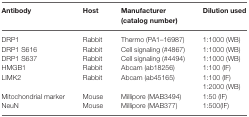
| Antibody | Host | Manufacturer (catalog number) | Dilution used |
 | --- | --- | --- | --- |
 | DRP1 | Rabbit | Thermo (PA1–16987) | 1:1000 (WB) |
 | DRP1 S616 | Rabbit | Cell signaling (#4867) | 1:1000 (WB) |
 | DRP1 S637 | Rabbit | Cell signaling (#4494) | 1:1000 (WB) |
 | HMGB1 | Rabbit | Abcam (ab18256) | 1:100 (IF) |
 | LIMK2 | Rabbit | Abcam (ab45165) | 1:100 (IF) |
 |  |  |  | 1:2000 (WB) |
 | Mitochondrial marker | Mouse | Millipore (MAB3494) | 1:50 (IF) |
 | NeuN | Mouse | Millipore (MAB377) | 1:500(IF) |